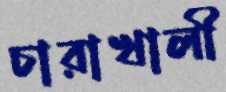
চারাখালী